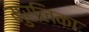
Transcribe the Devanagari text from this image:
मुरलिका